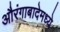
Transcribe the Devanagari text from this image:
औरंगाबादेमध्ये